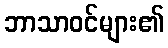
ဘာသာဝင်များ၏